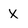
Character: X